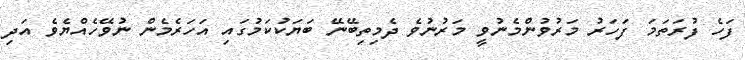
ފަހެ ފުރަތަމަ ފަހަރު މަރުވުންމެނުވީ މަރުނުވެ ދެމިތިބޭނޭ ބަޔަކުކަމުގައި އަހަރެމެން ނުވޭހެއްޔެވެ އަދި